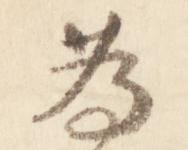
為